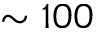
\sim 1 0 0